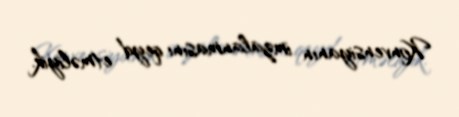
Konvensiyanın imzalanmasını qeyd etməliyik.